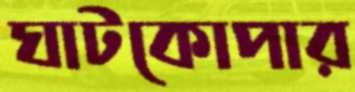
ঘাটকোপার